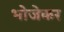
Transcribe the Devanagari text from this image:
भोजेकर